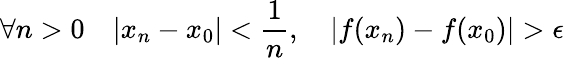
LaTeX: \forall n>0\quad|x_{n}-x_{0}|<{\frac{1}{n}},\quad|f(x_{n})-f(x_{0})|>\epsilon